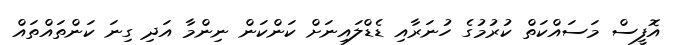
އޮފީސް މަސައްކަތް ކުރުމުގެ ހުނަރާއި ޑެޑްލައިނަށް ކަންކަން ނިންމާ އަދި ގިނަ ކަންތައްތައް